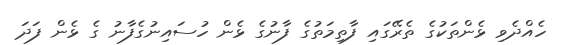
ހެއްދެވި ޅެންތަކުގެ ތެރޭގައި ފާތިމަތުގެ ފާނުގެ ޅެން ހުސައިނުގެފާނު ގެ ޅެން ފަދަ